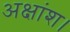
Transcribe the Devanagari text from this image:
अक्षांश।